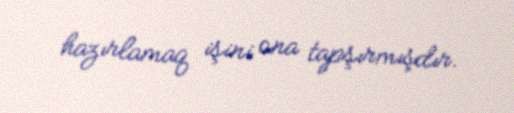
hazırlamaq işini ona tapşırmışdır.